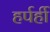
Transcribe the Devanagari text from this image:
हर्पर्ही